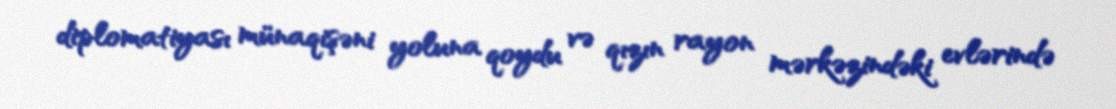
diplomatiyası münaqişəni yoluna qoydu və qızın rayon mərkəzindəki evlərində